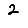
Digit: 2